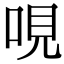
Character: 哯